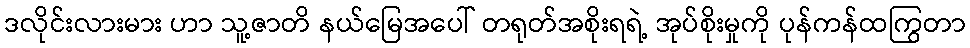
ဒလိုင်းလားမား ဟာ သူ့ဇာတိ နယ်မြေအပေါ် တရုတ်အစိုးရရဲ့ အုပ်စိုးမှုကို ပုန်ကန်ထကြွတာ